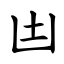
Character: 凷